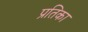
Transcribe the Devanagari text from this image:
प्रतिका